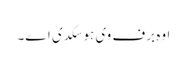
اوہ برف وی ہو سکدی ا‏‏ے۔